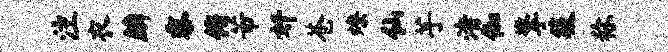
注衣麟黍俯芾奸苍燎仙芋渚伽擎筱称